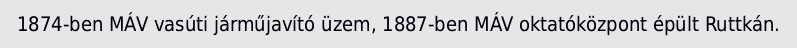
1874-ben MÁV vasúti járműjavító üzem, 1887-ben MÁV oktatóközpont épült Ruttkán.